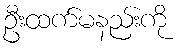
ဦးထက်မနည်းကို